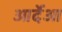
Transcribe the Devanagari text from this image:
आर्देआ